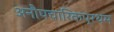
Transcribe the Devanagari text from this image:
अनौपचारिकप्रथम